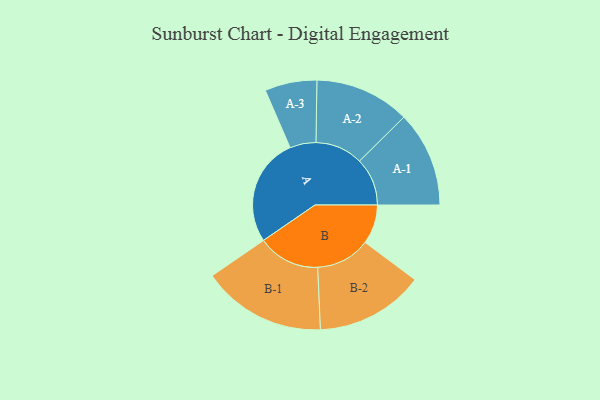
{"axis": {"x": "Segment", "y": "Value"}, "legend": ["", "A", "B"], "data": [{"x": "A", "y": 432, "type": ""}, {"x": "B", "y": 157, "type": ""}, {"x": "A-1", "y": 191, "type": "A"}, {"x": "A-2", "y": 190, "type": "A"}, {"x": "A-3", "y": 104, "type": "A"}, {"x": "B-1", "y": 248, "type": "B"}, {"x": "B-2", "y": 217, "type": "B"}]}